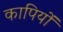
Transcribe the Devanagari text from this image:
कापियों